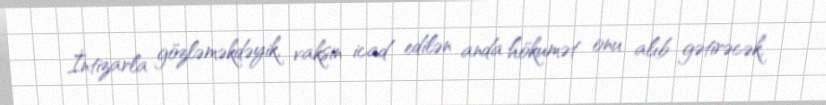
İntizarla gözləməkdəyik, vaksin icad edilən anda hökumət onu alıb gətirəcək,